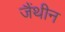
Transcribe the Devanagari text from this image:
जैंथीन